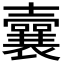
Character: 𡄜